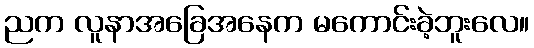
ညက လူနာအခြေအနေက မကောင်းခဲ့ဘူးလေ။